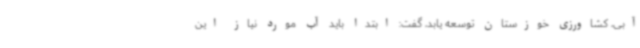
آبی، کشاورزی خوزستان توسعه یابد، گفت: ابتدا باید آب مورد نیاز این